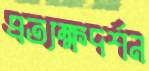
প্রত্যক্ষদর্শন